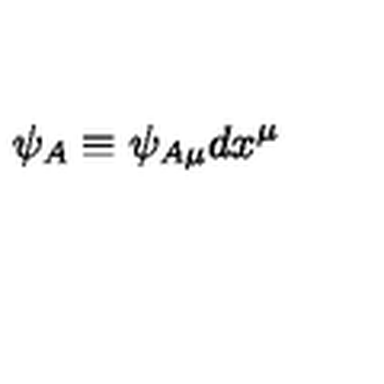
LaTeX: \psi _ { A } \equiv \psi _ { A \mu } d x ^ { \mu }